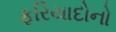
ફરિયાદોનો